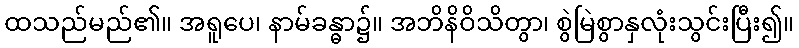
ထသည်မည်၏။ အရူပေ၊ နာမ်ခန္ဓာ၌။ အဘိနိဝိသိတွာ၊ စွဲမြဲစွာနှလုံးသွင်းပြီး၍။